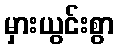
မှားယွင်းစွာ